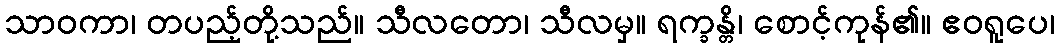
သာဝကာ၊ တပည့်တို့သည်။ သီလတော၊ သီလမှ။ ရက္ခန္တိ၊ စောင့်ကုန်၏။ ဧဝရူပေ၊